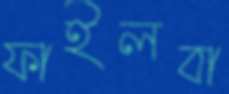
ফাইলবা